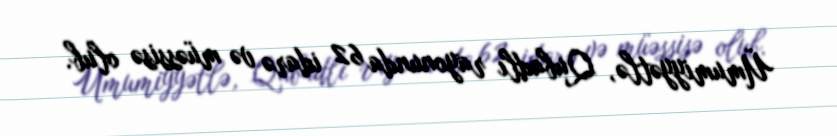
Ümumiyyətlə, Qubadlı rayonunda 62 idarə və müəssisə olub.